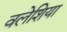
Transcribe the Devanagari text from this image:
वलेशिया